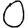
Digit: 0